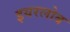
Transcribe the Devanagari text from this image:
इयरलोब